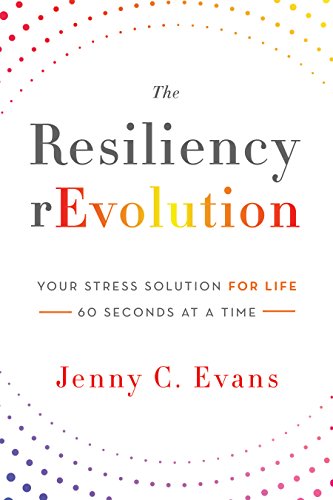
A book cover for The Resiliency rEvolution: Your Stress Solution for Life -- 60 Seconds at a Time; Jenny C. Evans; Health, Fitness & Dieting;